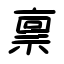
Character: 禀